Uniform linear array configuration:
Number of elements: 32
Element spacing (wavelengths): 0.5
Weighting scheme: exponential
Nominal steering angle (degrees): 60
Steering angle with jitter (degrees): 59.86
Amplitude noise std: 0.05
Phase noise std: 0.05

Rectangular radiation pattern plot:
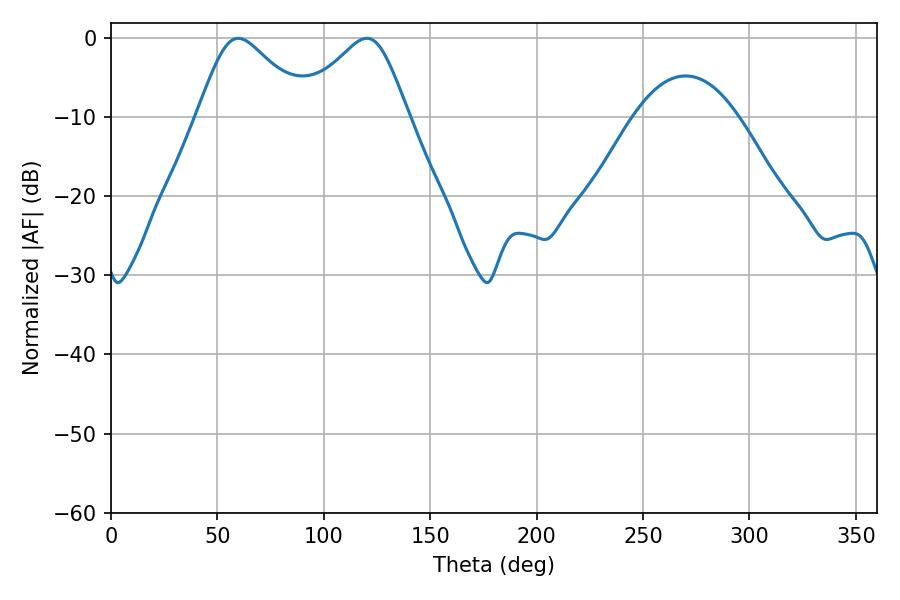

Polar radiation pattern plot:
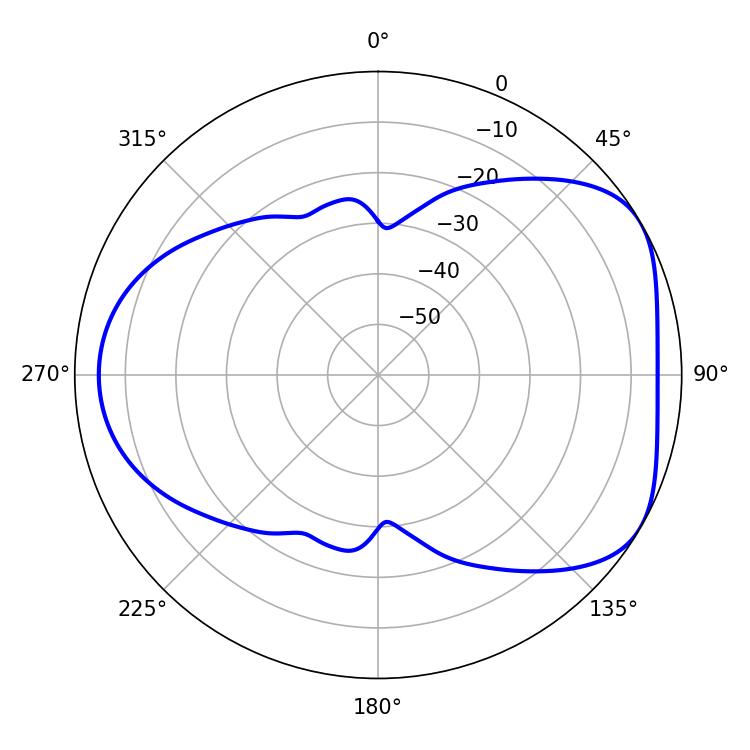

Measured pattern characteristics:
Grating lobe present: FALSE
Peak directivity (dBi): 4.837
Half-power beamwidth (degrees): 25.38
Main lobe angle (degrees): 59.76